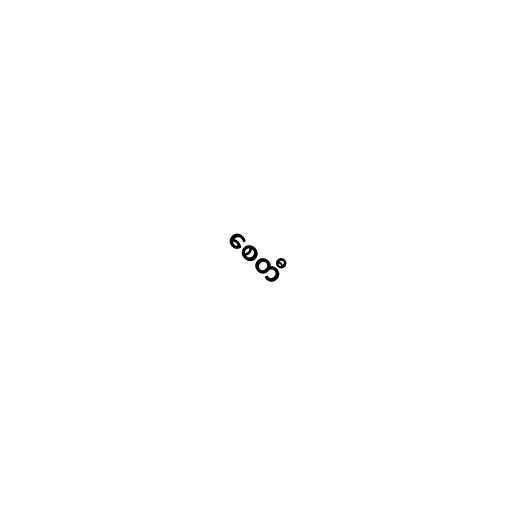
စေတီ